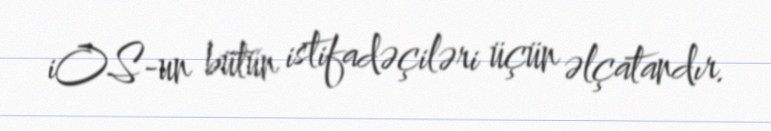
iOS-un bütün istifadəçiləri üçün əlçatandır.